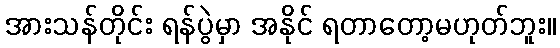
အားသန်တိုင်း ရန်ပွဲမှာ အနိုင် ရတာတော့မဟုတ်ဘူး။